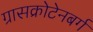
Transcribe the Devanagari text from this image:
ग्रासक्रोटेनबर्ग